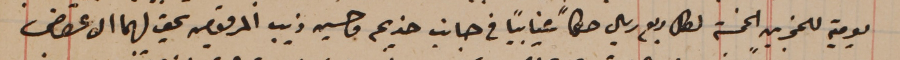
يومية للمجزين الخمسة لكل ربع ريال حكمًا غيابياً فى جانب خديجه وحسين ذيب المرقومين يحق لهما الاعتراض